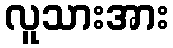
လူသားအား